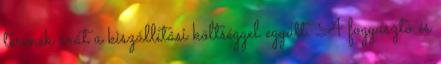
termék árát a kiszállítási költséggel együtt. A fogyasztó és